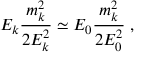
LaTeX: E _ { k } \frac { m _ { k } ^ { 2 } } { 2 E _ { k } ^ { 2 } } \simeq E _ { 0 } \frac { m _ { k } ^ { 2 } } { 2 E _ { 0 } ^ { 2 } } \; ,